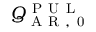
Q _ { \mathrm { ~ A ~ R ~ , ~ 0 ~ } } ^ { \mathrm { ~ P ~ U ~ L ~ } }